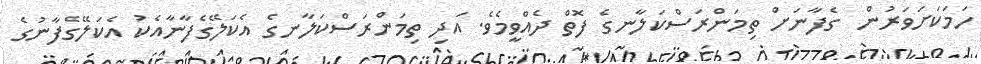
ހަމަކަށަވަރުން  ގެފާނަށް ތިމަންރަސްކަލާނގެ ފޮތް ދެއްވީމެވެ. އަދި ތިމަންރަސްކަލާނގެ އެކަލޭގެފާނާއެކު އެކަލޭގެފާނުގެ